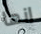
انها